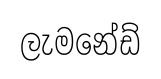
ලැමනේඩ්